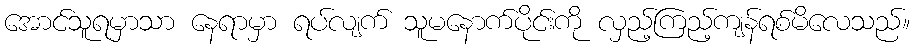
အောင်သူရမှာသာ နေရာမှာ ရပ်လျက် သူမနောက်ပိုင်းကို လှည့်ကြည့်ကျန်ရစ်မိလေသည်။